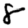
Digit: 8